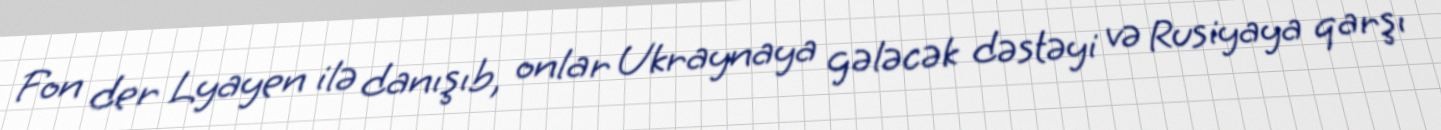
Fon der Lyayen ilə danışıb, onlar Ukraynaya gələcək dəstəyi və Rusiyaya qarşı